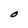
Character: O